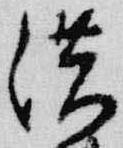
供